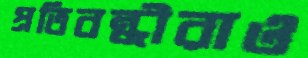
প্রতিবন্ধীরাও